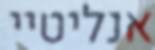
אנליטיי